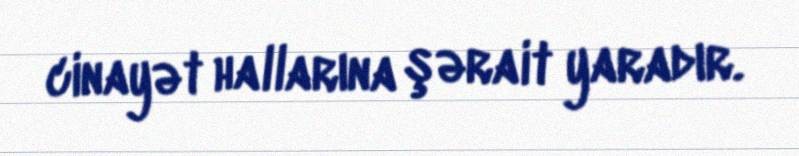
cinayət hallarına şərait yaradır.